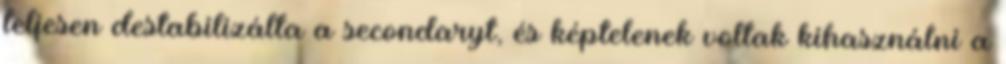
teljesen destabilizálta a secondaryt, és képtelenek voltak kihasználni a